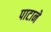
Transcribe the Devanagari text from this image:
पाटाने